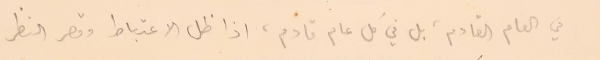
في العام القادم، بل في كل عام قادم، اذا ظل الاعتباط وقصر النظر